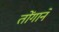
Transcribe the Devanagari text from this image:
तोंगाने